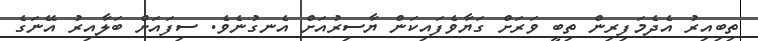
ތިބިއިރު އެދެމަފިރިން ތިބީ ވަރަށް ގަޔާވެފައިކަން ޔާސިރުއަށް އެނގުނެވެ. ސިފައަށް ބަލާއިރު އޭނަގެ